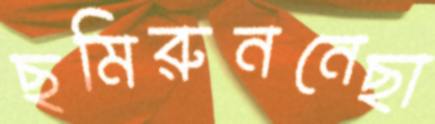
ছমিরুননেছা